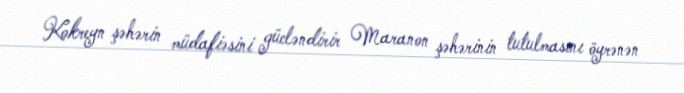
Kokreyn şəhərin müdafiəsini gücləndirir Maranon şəhərinin tutulmasını öyrənən